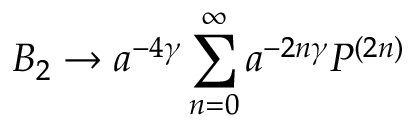
B _ { 2 } \rightarrow a ^ { - 4 \gamma } \sum _ { n = 0 } ^ { \infty } a ^ { - 2 n \gamma } P ^ { ( 2 n ) }